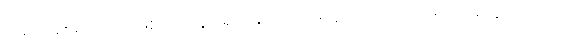
အရပ်အစရှိသည်၌ဖြစ်သောရူပါရုံတို့နှင့်။ ဝါ၊ အထူးထူးသော အရပ်။ အထူးထူးသော